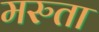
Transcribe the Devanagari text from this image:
मरुता